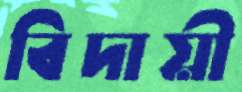
বিদায়ী